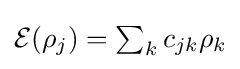
\textstyle {\mathcal {E}}(\rho _{j})=\sum _{k}c_{jk}\rho _{k}